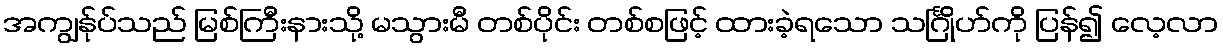
အကျွန်ုပ်သည် မြစ်ကြီးနားသို့ မသွားမီ တစ်ပိုင်း တစ်စဖြင့် ထားခဲ့ရသော သင်္ဂြိုဟ်ကို ပြန်၍ လေ့လာ